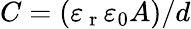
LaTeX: C=(\varepsilon_{\mathrm{~r~}}\varepsilon_{0}A)/d